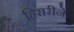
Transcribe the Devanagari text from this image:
हिरारीने